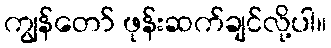
ကျွန်တော် ဖုန်းဆက်ချင်လို့ပါ။